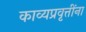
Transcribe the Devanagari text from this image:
काव्यप्रवृत्तींना